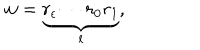
LaTeX: w = \underbrace { r _ { \epsilon } \cdots r _ { 0 } r _ { 1 } } _ { l } ,